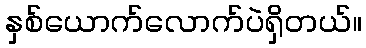
နှစ်ယောက်လောက်ပဲရှိတယ်။